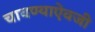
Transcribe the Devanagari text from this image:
चावण्याऐवजी